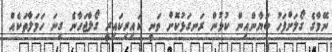
ނޭމާގެ ގޯލަށްފަހު ބަޔާންއިން ކުޅުން ރަނގަޅުކޮށް ވަނީ ކައިރިކައިރީ ގޯލްޖަހާނެ ގިނަ ހަމަލާތަކެއް